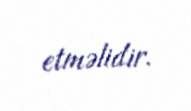
etməlidir.